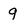
Character: g